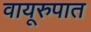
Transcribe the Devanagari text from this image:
वायूरुपात